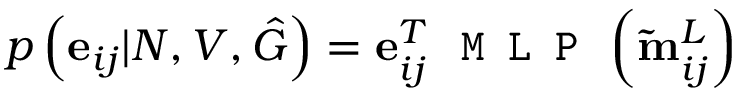
p \left( \mathbf { e } _ { i j } | N , V , \hat { G } \right) = \mathbf { e } _ { i j } ^ { T } \, \texttt { M L P } \left( \mathbf { \tilde { m } } _ { i j } ^ { L } \right)